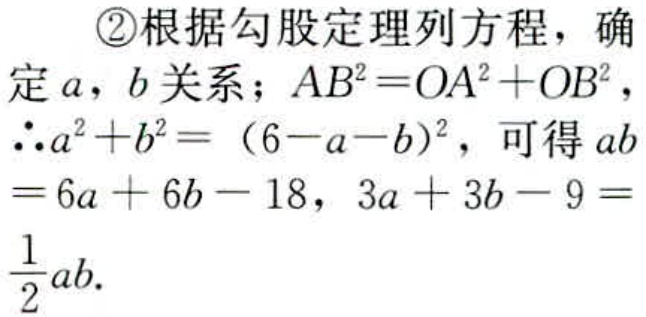
\textcircled{2}根据勾股定理列方程，确定\(a\)，\(b\)关系；\(AB^{2}=OA^{2}+OB^{2}\)，\(\therefore a^{2}+b^{2}=(6 - a - b)^{2}\)，可得\(ab = 6a + 6b - 18\)，\(3a + 3b - 9=\frac{1}{2}ab\).